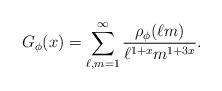
LaTeX: \begin{align*} G_{\phi}(x) = \sum_{\ell,m =1}^{\infty}\frac{\rho_{\phi}(\ell m)}{\ell^{1 + x}m^{1 +3x}}.\end{align*}